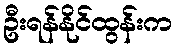
ဦးရန်နိုင်ထွန်းက